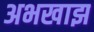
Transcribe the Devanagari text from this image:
अभखाझ